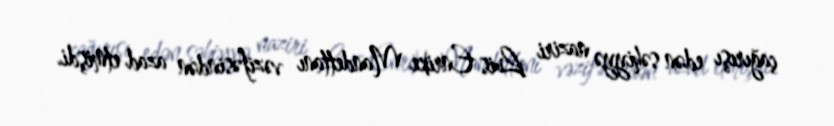
çağırışı edən səhiyyə naziri Luis Enrike Mandettanı vəzifəsindən azad etmişdi.